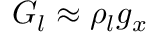
G _ { l } \approx \rho _ { l } g _ { x }